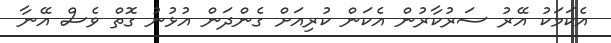
އެކަމަކު އޭރު ސަރުކާރުން އެކަން ކުރިއަށް ގެންދަން އުޅުނު ގޮތް ވެސް އޭނާ